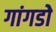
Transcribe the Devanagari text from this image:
गांगडोे